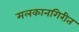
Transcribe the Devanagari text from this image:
मलकानगिरीत